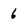
Character: 6